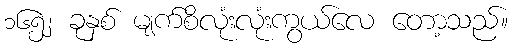
၁၆၅၂ ခုနှစ် မျက်စိလုံးလုံးကွယ်လေ တော့သည်။